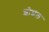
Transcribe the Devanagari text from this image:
शोशल